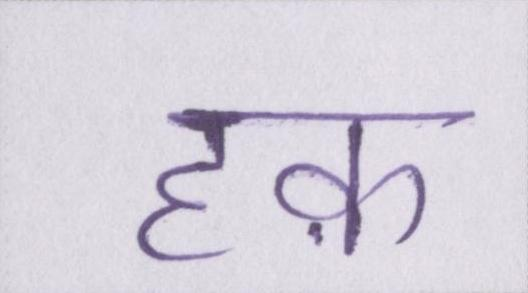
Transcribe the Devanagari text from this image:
हक़